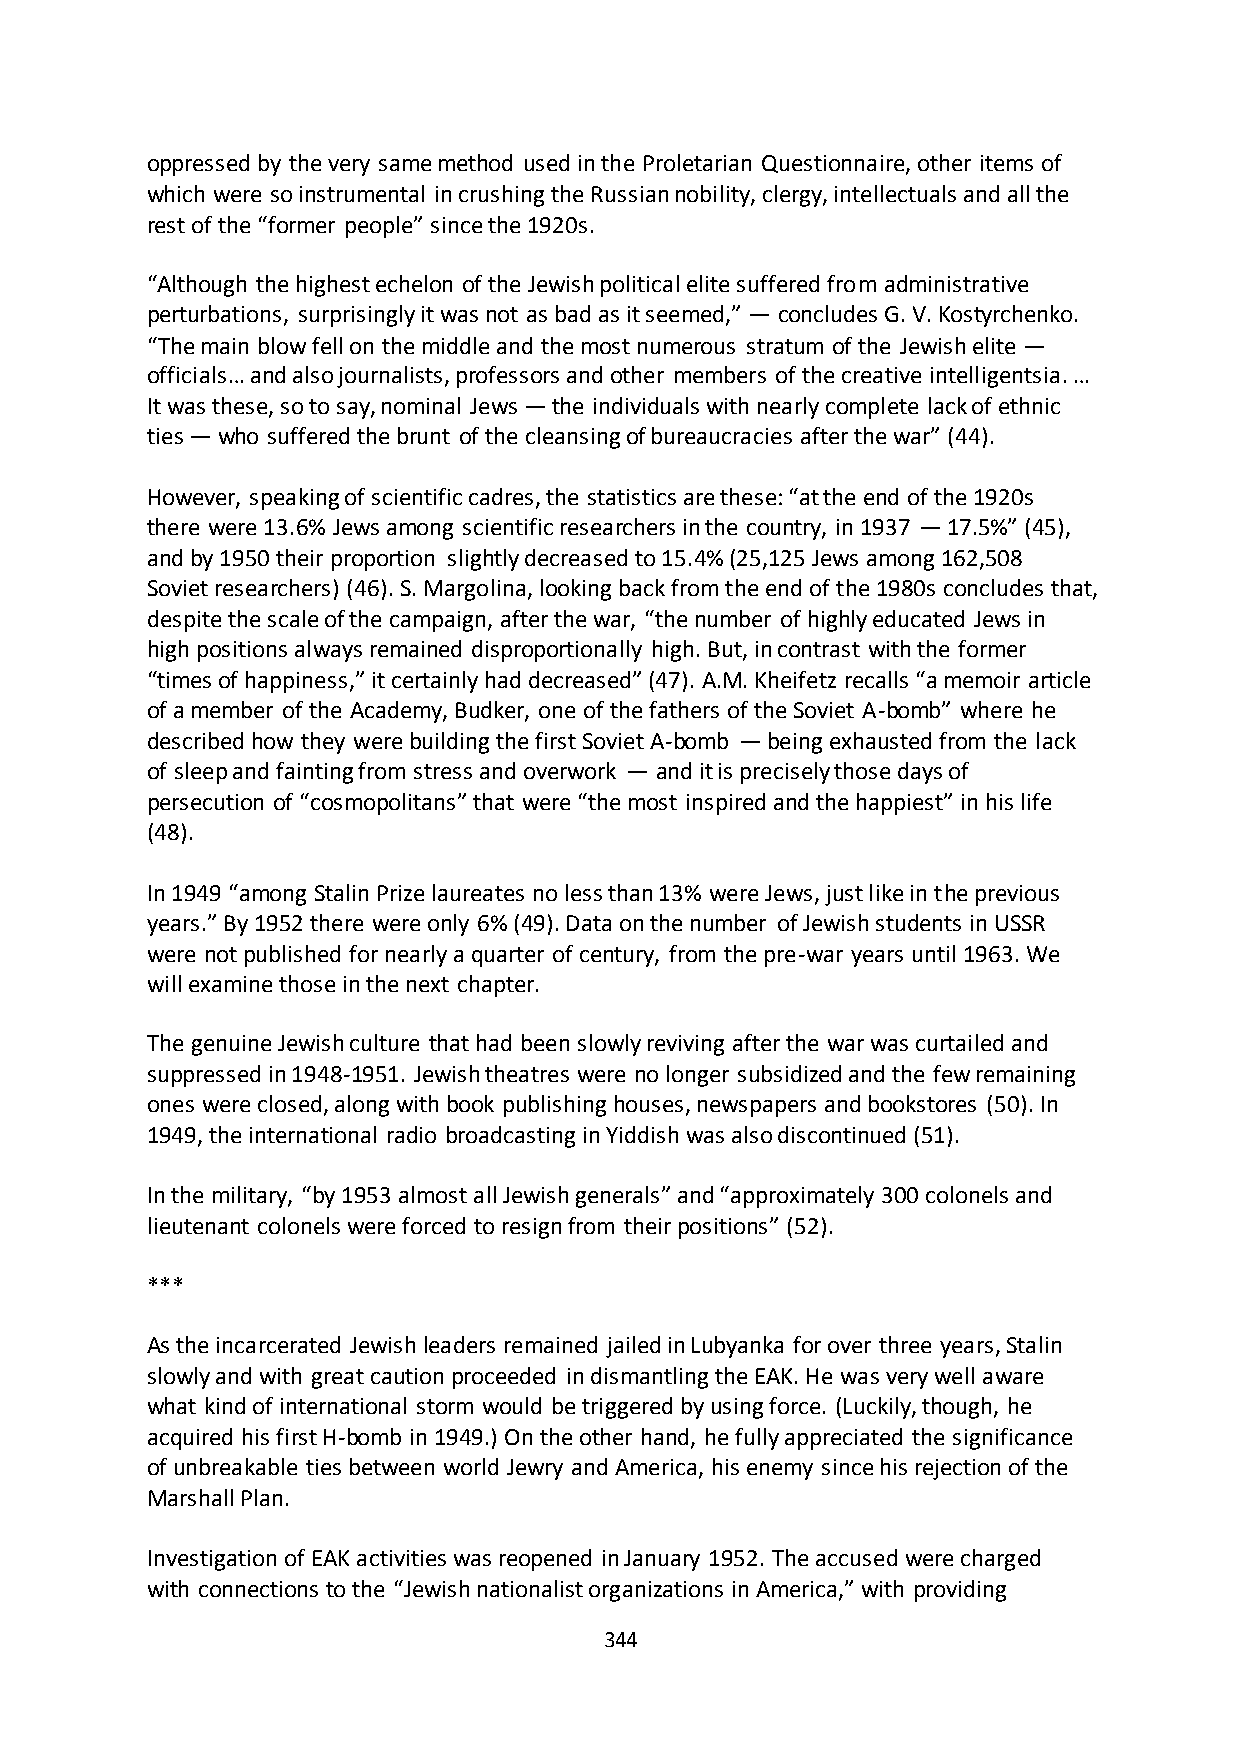
oppressed by the very same method used in the Proletarian Questionnaire, other items of
 which were so instrumental in crushing the Russian nobility, clergy, intellectuals and all the
 rest of the “former people” since the 1920s.
 “Although the highest echelon of the Jewish political elite suffered from administrative
 perturbations, surprisingly it was not as bad as it seemed,” — concludes G. V. Kostyrchenko.
 “The main blow fell on the middle and the most numerous stratum of the Jewish elite —
 officials… and also journalists, professors and other members of the creative intelligentsia. …
 It was these, so to say, nominal Jews — the individuals with nearly complete lack of ethnic
 ties — who suffered the brunt of the cleansing of bureaucracies after the war” (44).
 However, speaking of scientific cadres, the statistics are these: “at the end of the 1920s
 there were 13.6% Jews among scientific researchers in the country, in 1937 — 17.5%” (45),
 and by 1950 their proportion slightly decreased to 15.4% (25,125 Jews among 162,508
 Soviet researchers) (46). S. Margolina, looking back from the end of the 1980s concludes that,
 despite the scale of the campaign, after the war, “the number of highly educated Jews in
 high positions always remained disproportionally high. But, in contrast with the former
 “times of happiness,” it certainly had decreased” (47). A.M. Kheifetz recalls “a memoir article
 of a member of the Academy, Budker, one of the fathers of the Soviet A-bomb” where he
 described how they were building the first Soviet A-bomb — being exhausted from the lack
 of sleep and fainting from stress and overwork — and it is precisely those days of
 persecution of “cosmopolitans” that were “the most inspired and the happiest” in his life
 (48).
 In 1949 “among Stalin Prize laureates no less than 13% were Jews, just like in the previous
 years.” By 1952 there were only 6% (49). Data on the number of Jewish students in USSR
 were not published for nearly a quarter of century, from the pre-war years until 1963. We
 will examine those in the next chapter.
 The genuine Jewish culture that had been slowly reviving after the war was curtailed and
 suppressed in 1948-1951. Jewish theatres were no longer subsidized and the few remaining
 ones were closed, along with book publishing houses, newspapers and bookstores (50). In
 1949, the international radio broadcasting in Yiddish was also discontinued (51).
 In the military, “by 1953 almost all Jewish generals” and “approximately 300 colonels and
 lieutenant colonels were forced to resign from their positions” (52).
 ***
 As the incarcerated Jewish leaders remained jailed in Lubyanka for over three years, Stalin
 slowly and with great caution proceeded in dismantling the EAK. He was very well aware
 what kind of international storm would be triggered by using force. (Luckily, though, he
 acquired his first H-bomb in 1949.) On the other hand, he fully appreciated the significance
 of unbreakable ties between world Jewry and America, his enemy since his rejection of the
 Marshall Plan.
 Investigation of EAK activities was reopened in January 1952. The accused were charged
 with connections to the “Jewish nationalist organizations in America,” with providing
 344